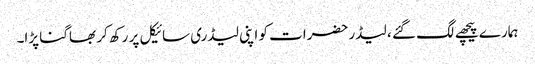
ہمارے پیچھے لگ گئے ، لیڈر حضرات کو اپنی لیڈری سائیکل پر رکھ کر بھاگنا پڑا۔